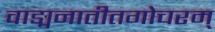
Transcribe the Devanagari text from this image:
वाङ्मनातीतगोचरम्